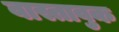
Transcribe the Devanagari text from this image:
वास्तावुक